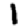
Digit: 1